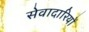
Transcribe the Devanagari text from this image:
सेवादारियों